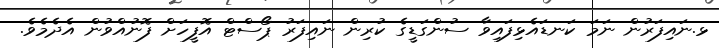
ޅ.ނައިފަރުން ނަމަ ކަނޑައެޅިފައިވާ ސުންގަޑީގެ ކުރިން ނައިފަރު ޕޯސްޓް އޮފީހަށް ފޮނުއްވުން އެދެމެވެ.